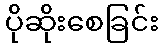
ပိုဆိုးစေခြင်း